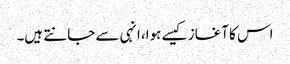
اس کا آغاز کیسے ہوا، انہی سے جانتے ہیں۔